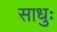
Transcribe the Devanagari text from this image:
साधुः